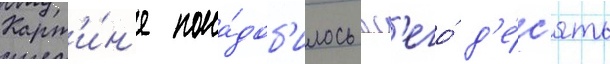
Карт'и́н'е пона́доб'илось вс'его́ д'е́с'ять